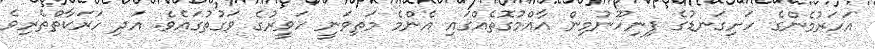
އަހަރުމެންގެ ހަށިގަނޑުގެ ފިނިހޫނުމިން އާއްމުގޮތެއްގައި އެންމެ މަތިވަނީ ހަވީރުގެ ވަގުތުގައެވެ. އަދި ހަރަކާތްތެރިވެ